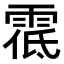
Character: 𩃐